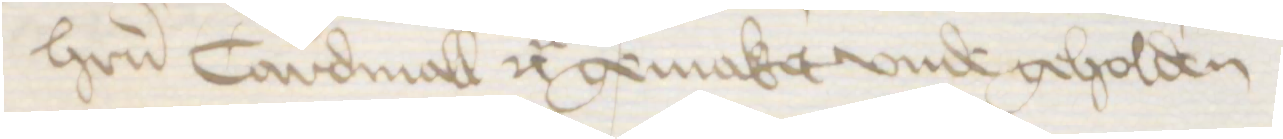
herrn Cardinall etc gemaket vnde geholden